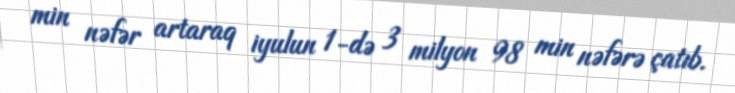
min nəfər artaraq iyulun 1-də 3 milyon 98 min nəfərə çatıb.